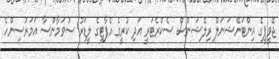
ޖޭވީޕީގެ އިންޓަނޭޝަނަލް ރިލޭޝަންސް ސެކްރެޓަރީ އަދި ކުރީގެ އެޕާޓީގެ ލީޑަރު ސުވަމާންސާ އަމަރުސިންހެ